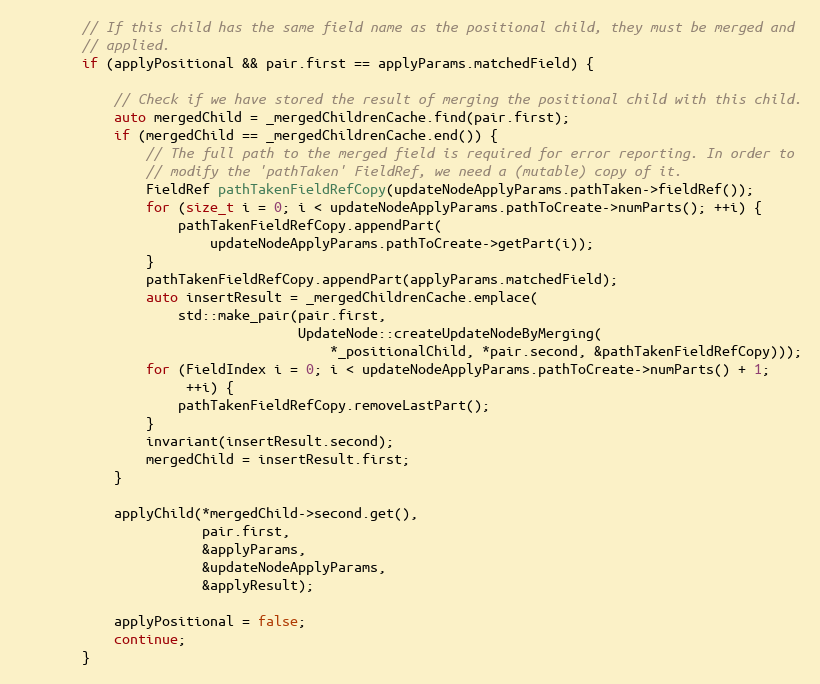
Language: C++
        // If this child has the same field name as the positional child, they must be merged and
        // applied.
        if (applyPositional && pair.first == applyParams.matchedField) {

            // Check if we have stored the result of merging the positional child with this child.
            auto mergedChild = _mergedChildrenCache.find(pair.first);
            if (mergedChild == _mergedChildrenCache.end()) {
                // The full path to the merged field is required for error reporting. In order to
                // modify the 'pathTaken' FieldRef, we need a (mutable) copy of it.
                FieldRef pathTakenFieldRefCopy(updateNodeApplyParams.pathTaken->fieldRef());
                for (size_t i = 0; i < updateNodeApplyParams.pathToCreate->numParts(); ++i) {
                    pathTakenFieldRefCopy.appendPart(
                        updateNodeApplyParams.pathToCreate->getPart(i));
                }
                pathTakenFieldRefCopy.appendPart(applyParams.matchedField);
                auto insertResult = _mergedChildrenCache.emplace(
                    std::make_pair(pair.first,
                                   UpdateNode::createUpdateNodeByMerging(
                                       *_positionalChild, *pair.second, &pathTakenFieldRefCopy)));
                for (FieldIndex i = 0; i < updateNodeApplyParams.pathToCreate->numParts() + 1;
                     ++i) {
                    pathTakenFieldRefCopy.removeLastPart();
                }
                invariant(insertResult.second);
                mergedChild = insertResult.first;
            }

            applyChild(*mergedChild->second.get(),
                       pair.first,
                       &applyParams,
                       &updateNodeApplyParams,
                       &applyResult);

            applyPositional = false;
            continue;
        }